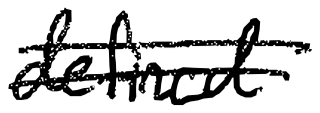
Text: defined
Cross-out: double-line
Writing tool: digital_black